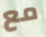
مع